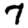
Digit: 7